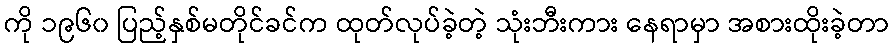
ကို ၁၉၆၀ ပြည့်နှစ်မတိုင်ခင်က ထုတ်လုပ်ခဲ့တဲ့ သုံးဘီးကား နေရာမှာ အစားထိုးခဲ့တာ